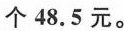
个48.5元。